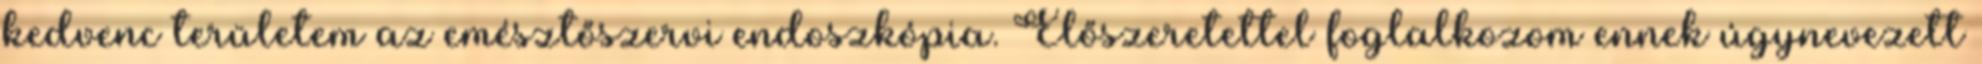
kedvenc területem az emésztőszervi endoszkópia. Előszeretettel foglalkozom ennek úgynevezett